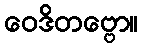
ဝေဒိတဗ္ဗော။